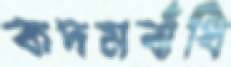
কদমবাঁধি